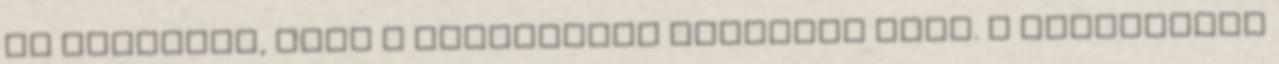
is kimondta, hogy a kedvezmény jogtalan volt. A Szövetségi